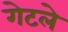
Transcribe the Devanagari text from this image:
गेटले